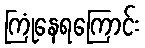
ကြုံနေရကြောင်း